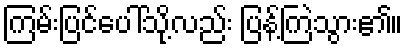
ကြမ်းပြင်ပေါ်သို့လည်း ပြန့်ကြဲသွား၏။